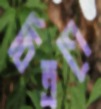
চিত্রণে